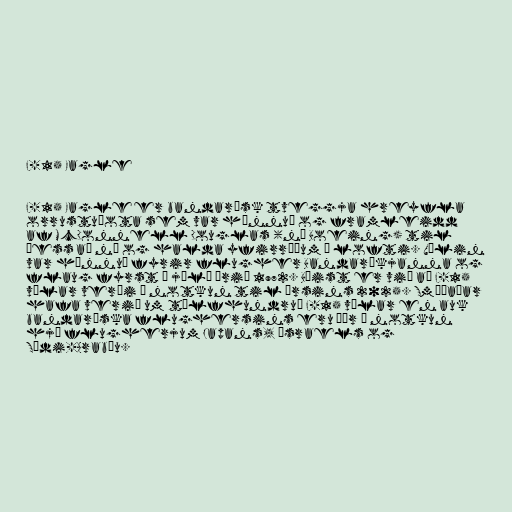
F-15 Eagle

F-15 Eagle er bandarísk tveggja hreyfla
orrustuþota sem var hönnuð og framleidd
af McDonnell Douglas (nú Boeing) til
þess að ná og halda yfirráðum í lofti. Vélin
var hönnuð fyrir flugher Bandaríkjanna og
flaug fyrst í júlí árið 1972. Búist er við að F-15
vélar verði í notkun til ársins 2025. Smíðaðar
hafa verið um tólfhundruð F-15 vélar en auk
bandaríska flughersins eru þær í notkun
hjá flugherjum Japans, Ísraels og
Sádi-Arabíu.